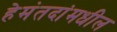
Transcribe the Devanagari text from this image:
हेमंतदांमधील